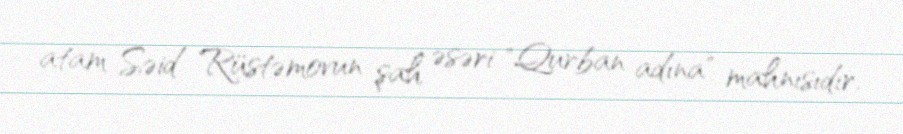
atam Səid Rüstəmovun şah əsəri "Qurban adına" mahnısıdır.